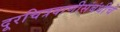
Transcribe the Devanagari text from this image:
दूरचित्रवाणीसंबंधीचे